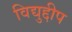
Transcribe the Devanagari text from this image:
विद्युद्दीप